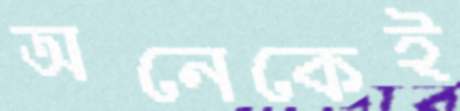
অনেকেই